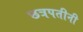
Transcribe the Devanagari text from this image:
छत्रपतीनी